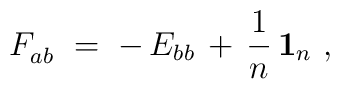
F_{ab}^{}~= \; - \, E_{bb} \, + \, \frac{1}{n} \, \mathbf{1}_n~,